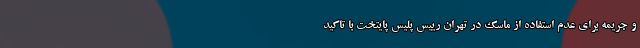
و جریمه برای عدم استفاده از ماسک در تهران رییس پلیس پایتخت با تاکید